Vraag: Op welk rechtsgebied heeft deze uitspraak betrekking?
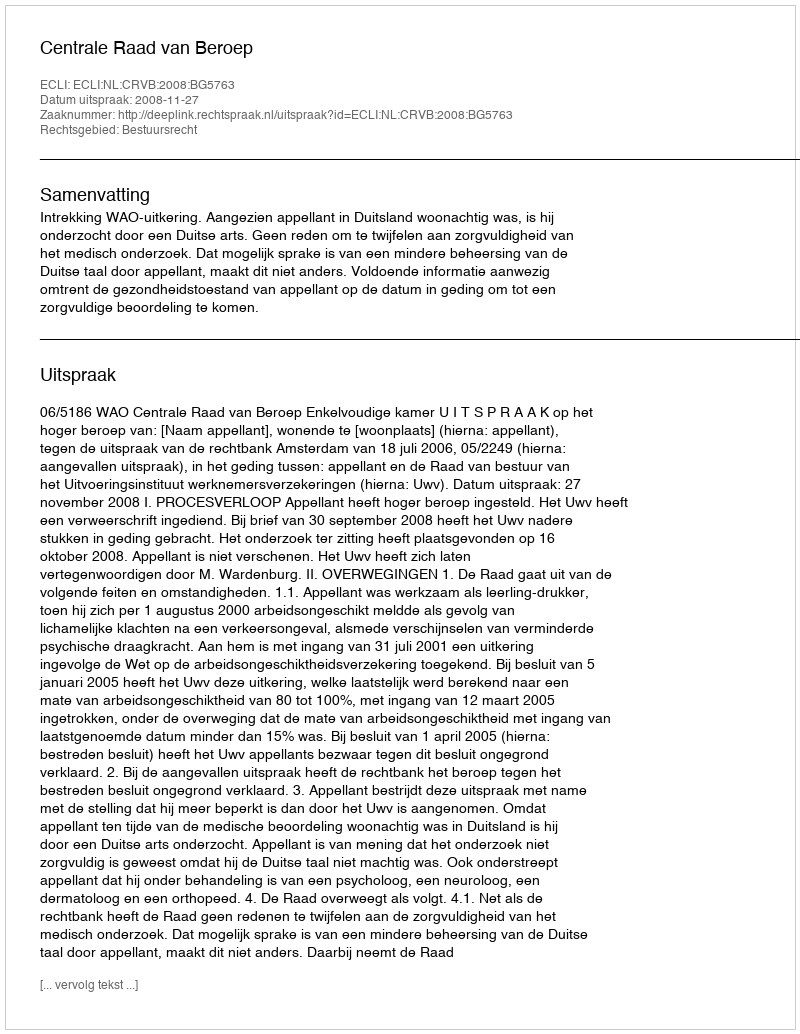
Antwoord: Bestuursrecht